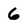
Character: 6